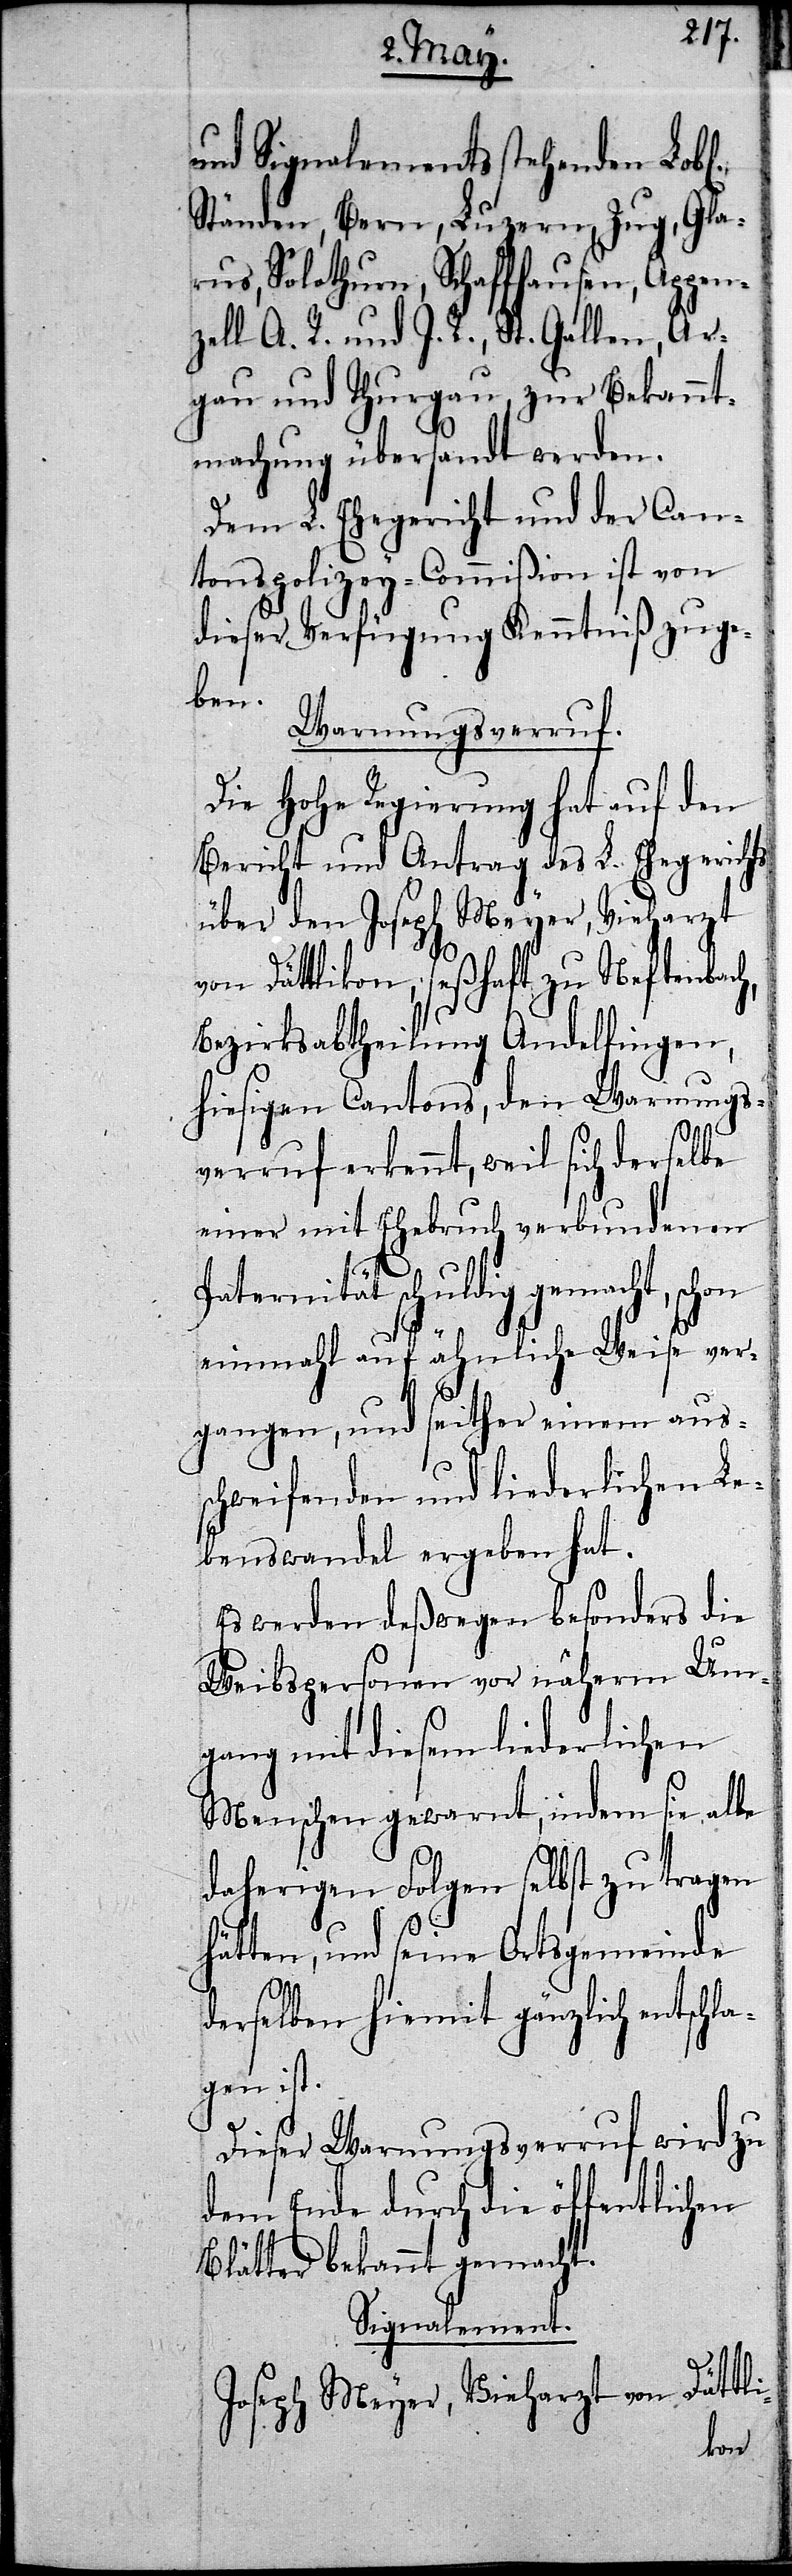
und Signalements stehenden Lob¬
Ständen, Bern, Luzern, Zug, Gla¬
rus, Solothurn, Schaffhausen, Appen¬
zell A. R. und I. R., St. Gallen, Ar¬
gau und Thurgau, zur Bekannt¬
machung übersandt werden.
Dem L. Ehegericht und der Can¬
tonspolizey-Commißion ist von
dieser Verfügung Kenntniß zu ge¬
ben.
Warnungsverruf.
Die Hohe Regierung hat auf den
Bericht und Antrag des L. Ehegerichts
über den Joseph Meyer, Vieharzt
von Dättlikon, seßhaft zu Neftenbach,
Bezirksabtheilung Andelfingen,
hiesigen Cantons, den Warnungs¬
verruf erkennt, weil sich derselbe
einer mit Ehebruch verbundenen
Paternität schuldig gemacht, sc¬
einmahl auf ähnliche Weise ver¬
gangen, und seither einen auss¬
chweifenden und liederlichen Le¬
benswandel ergeben hat.
Es werden deßwegen besonders die
Weibspersonen vor näherm Um¬
gang, mit diesem liederlichen
Menschen gewarnt, indem sie alle
daherigen Folgen selbst zu tragen
hätten, und seine Ortsgemeinde
derselben hiemit gänzlich entschla¬
gen ist.
Dieser Warnungsverruf wird zu
dem Ende durch die öffentlichen
Blätter bekannt gemacht.
Signalement.
Joseph Meyer, Vieharzt von Dättli-
hon